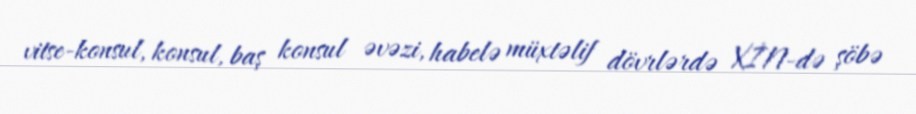
vitse-konsul, konsul, baş konsul əvəzi, habelə müxtəlif dövrlərdə XİN-də şöbə